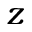
z